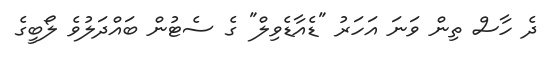
ދެ ހާސް ތިން ވަނަ އަހަރު "ޑެއާޑެވިލް" ގެ ސެޓުން ބައްދަލުވެ ލޯބީގެ